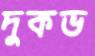
দুকভ